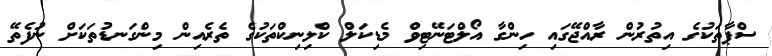
ސްޕާތަކުގެ އިތުރުން ރާއްޖޭގައި ހިންގާ އޯލްޓަނޭޓިވް މެޑިކަލް ކްލިނިކްތަކުގެ ތެރެއިން މިންގަނޑުތަކަށް ނުފެތޭ